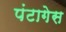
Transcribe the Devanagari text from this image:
पंटागेस